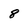
Character: 8